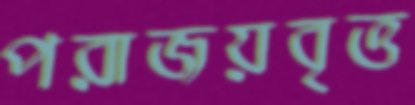
পরাজয়বৃত্ত